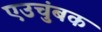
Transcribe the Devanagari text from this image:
एउचुंबक